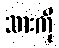
သားကို